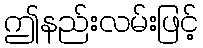
ဤနည်းလမ်းဖြင့်